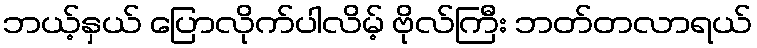
ဘယ့်နှယ် ပြောလိုက်ပါလိမ့် ဗိုလ်ကြီး ဘတ်တလာရယ်